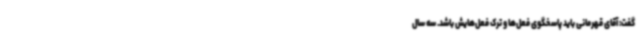
گفت: آقای قهرمانی باید پاسخگوی فعل‌ها و ترک فعل‌هایش باشد. سه سال